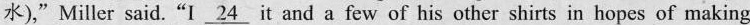
水),"Miller said.“I \underline{24} it and a few of his other shirts in hopes of making